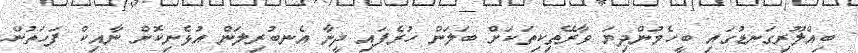
ބިއްލޫރިގަނޑުގައި ބީހެމުންދިޔަ ވާރޭތިކިތަކަށް ބަލަން ހުރެފައި ދީނާ އެނބުރިލަން އުޅެނިކޮށް ނާއިކް ފަހަތުން